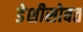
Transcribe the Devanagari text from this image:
डेशीसोबत